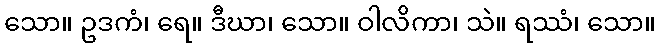
သော။ ဥဒကံ၊ ရေ။ ဒီဃာ၊ သော။ ဝါလိကာ၊ သဲ။ ရဿံ၊ သော။